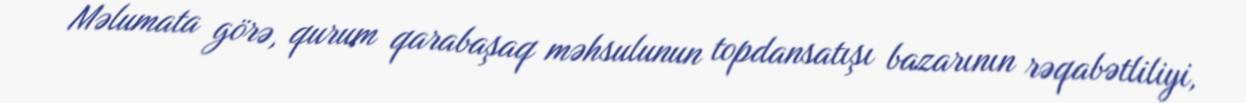
Məlumata görə, qurum qarabaşaq məhsulunun topdansatışı bazarının rəqabətliliyi,